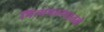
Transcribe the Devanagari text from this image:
नित्यपठणातले